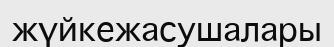
жүйкежасушалары